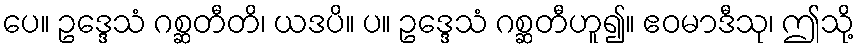
ပေ။ ဥဒ္ဒေသံ ဂစ္ဆတီတိ၊ ယဒပိ။ ပ။ ဥဒ္ဒေသံ ဂစ္ဆတီဟူ၍။ ဧဝမာဒီသု၊ ဤသို့